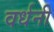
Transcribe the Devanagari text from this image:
वर्धनी